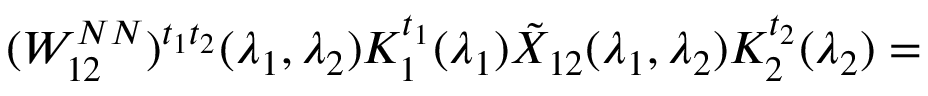
( W _ { 1 2 } ^ { N N } ) ^ { t _ { 1 } t _ { 2 } } ( \lambda _ { 1 } , \lambda _ { 2 } ) K _ { 1 } ^ { t _ { 1 } } ( \lambda _ { 1 } ) \tilde { X } _ { 1 2 } ( \lambda _ { 1 } , \lambda _ { 2 } ) K _ { 2 } ^ { t _ { 2 } } ( \lambda _ { 2 } ) =